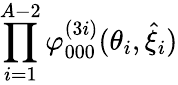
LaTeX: \prod_{i=1}^{A-2}\varphi_{000}^{(3i)}(\theta_{i},\hat{\xi}_{i})